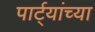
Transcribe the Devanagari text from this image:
पार्ट्यांच्या